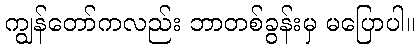
ကျွန်တော်ကလည်း ဘာတစ်ခွန်းမှ မပြောပါ။